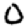
Digit: 0